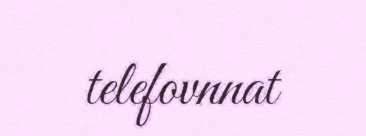
telefovnnat